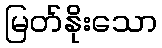
မြတ်နိုးသော